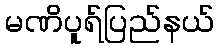
မဏိပူရ်ပြည်နယ်